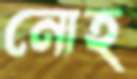
নোহ্